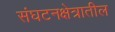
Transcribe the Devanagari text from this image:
संघटनक्षेत्रातील